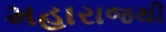
મહારાજથી